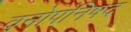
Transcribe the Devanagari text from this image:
वनोपनिषद